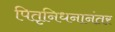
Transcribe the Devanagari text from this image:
पितृनिधनानंतर